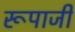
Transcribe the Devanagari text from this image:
रूपाजी